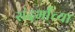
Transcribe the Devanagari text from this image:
संदर्भांच्या